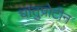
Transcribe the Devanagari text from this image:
धातुप्रोटीन